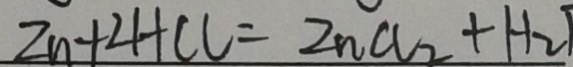
Z n + 2 H C l = Z n C l _ { 2 } + H _ { 2 }